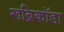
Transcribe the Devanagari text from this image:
रूब्रिकॉडा